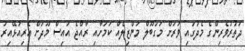
ދަތުރުވެރިންގެ މެދުގައި ވަރަށް މަގުބޫލް މަންޒިލެއް ކަމަށާއި ރާއްޖެ އައިސް މޫދަށް އެރިއުޅޭއިރު